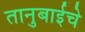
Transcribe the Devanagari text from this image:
तानुबाईचे